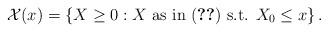
LaTeX: \begin{align*}\mathcal{X}(x)=\left\{ X\geq 0: X \mbox{ as in } \eqref{riqueza}\mbox{ s.t. } X_0 \leq x \right\}. \end{align*}